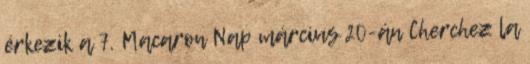
érkezik a 7. Macaron Nap március 20-án Cherchez la